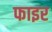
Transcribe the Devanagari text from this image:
फाइर